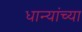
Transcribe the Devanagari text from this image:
धान्यांच्या